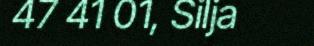
47 41 01, Silja